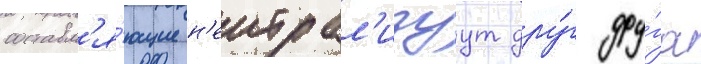
составл'я́ющие н'еитрал'изуут дру́г дру́га